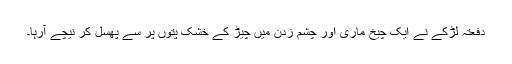
دفعتہً لڑکے نے ایک چیخ ماری اور چشم زدن میں چیڑ کے خشک پتوں پر سے پھسل کر نیچے آرہا۔